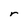
Character: r